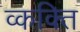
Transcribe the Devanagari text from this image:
व्कक्ति